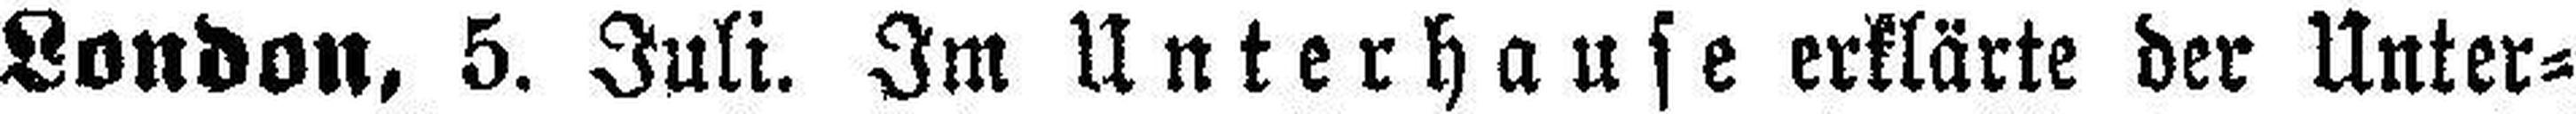
London, 5. Juli. Im Unterhause erklärte der Unter=